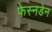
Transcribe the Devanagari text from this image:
फेस्नडेन